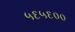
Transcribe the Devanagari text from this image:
५६५६००